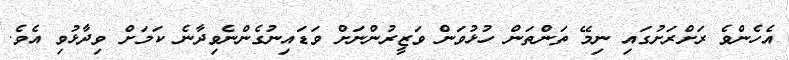
އެހެންވެ ރަށްރަށުގައި ނިމޭ ތަންތަން ހުޅުވަން ވަޒީރުންނަށް ވަޑައިނުގެންނެވިދާނެ ކަމަށް ވިދާޅުވި އެވެ.